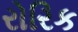
રોરિક